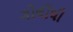
ગોલીથી